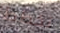
نخطط